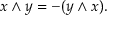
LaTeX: x \wedge y = - ( y \wedge x ) .